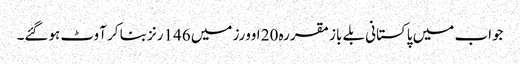
جواب میں پاکستانی بلے باز مقررہ 20 اوورز میں 146رنز بنا کر آوٹ ہوگئے۔